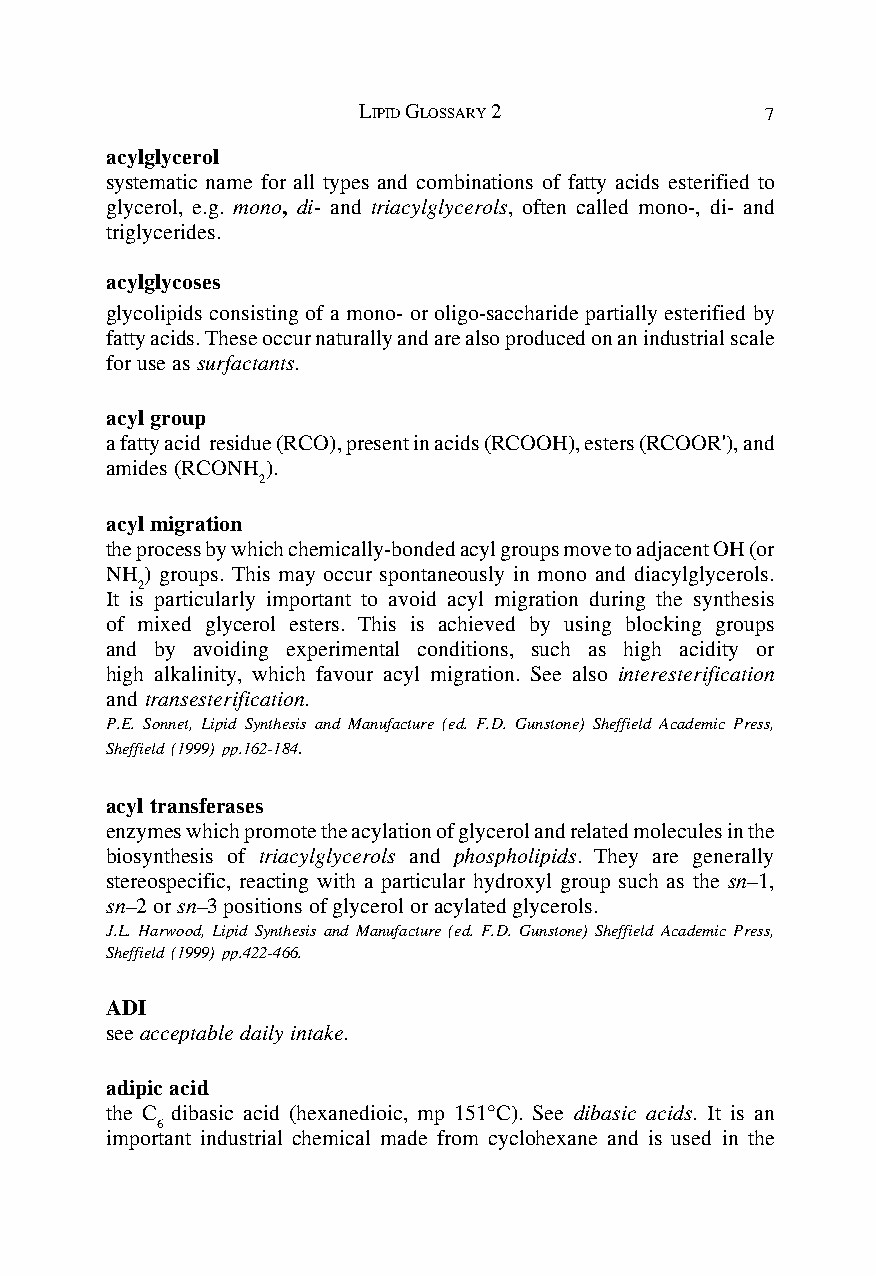
LIPID GLOSSARY 2           7
 acylglycerol
 systematic name for all types and combinations of fatty acids esterified to
 glycerol, e.g. mono, di- and triacylglycerols, often called mono-, di- and
 triglycerides.
 acylglycoses
 glycolipids consisting of a mono- or oligo-saccharide partially esterified by
 fatty acids. These occur naturally and are also produced on an industrial scale
 for use as surfactants.
 acyl group
 a fatty acid residue (RCO), present in acids (RCOOH), esters (RCOOR'), and
 amides (RCONH ).
 2
 acyl migration
 the process by which chemically-bonded acyl groups move to adjacent OH (or
 NH) groups. This may occur spontaneously in mono and diacylglycerols.
 2
 It is particularly important to avoid acyl migration during the synthesis
 of mixed glycerol esters. This is achieved by using blocking groups
 and by avoiding experimental conditions, such as high acidity or
 high alkalinity, which favour acyl migration. See also interesterification
 and transesterification.
 P.E. Sonnet, Lipid Synthesis and Manufacture (ed. F.D. Gunstone) Sheffield Academic Press,
 Sheffield (1999) pp.162-184.
 acyl transferases
 enzymes which promote the acylation of glycerol and related molecules in the
 biosynthesis of triacylglycerols and phospholipids. They are generally
 stereospecific, reacting with a particular hydroxyl group such as the sn–1,
 sn–2 or sn–3 positions of glycerol or acylated glycerols.
 J.L. Harwood, Lipid Synthesis and Manufacture (ed. F.D. Gunstone) Sheffield Academic Press,
 Sheffield (1999) pp.422-466.
 ADI
 see acceptable daily intake.
 adipic acid
 the C dibasic acid (hexanedioic, mp 151°C). See dibasic acids. It is an
 6
 important industrial chemical made from cyclohexane and is used in the